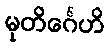
မုတိင်္ဂေဟိ